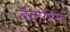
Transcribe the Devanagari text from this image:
बैलेरिना